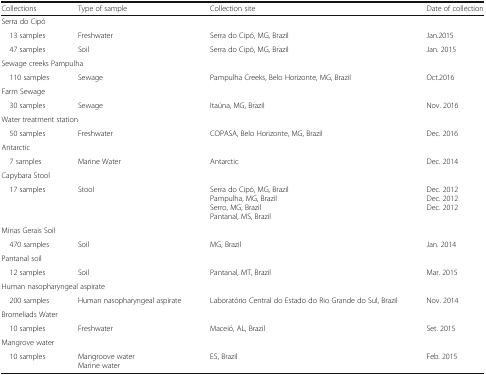
<table><thead><tr><td><b>Collections</b></td><td><b>Type of sample</b></td><td><b>Collection site</b></td><td><b>Date of collection</b></td></tr></thead><tbody><tr><td colspan="4">Serra do Cipó</td></tr><tr><td> 13 samples</td><td>Freshwater</td><td>Serra do Cipó, MG, Brazil</td><td>Jan.2015</td></tr><tr><td> 47 samples</td><td>Soil</td><td>Serra do Cipó, MG, Brazil</td><td>Jan. 2015</td></tr><tr><td colspan="4">Sewage creeks Pampulha</td></tr><tr><td> 110 samples</td><td>Sewage</td><td>Pampulha Creeks, Belo Horizonte, MG, Brazil</td><td>Oct.2016</td></tr><tr><td colspan="4">Farm Sewage</td></tr><tr><td> 30 samples</td><td>Sewage</td><td>Itaúna, MG, Brazil</td><td>Nov. 2016</td></tr><tr><td colspan="4">Water treatment station</td></tr><tr><td> 50 samples</td><td>Freshwater</td><td>COPASA, Belo Horizonte, MG, Brazil</td><td>Dec. 2016</td></tr><tr><td colspan="4">Antarctic</td></tr><tr><td> 7 samples</td><td>Marine Water</td><td>Antarctic</td><td>Dec. 2014</td></tr><tr><td colspan="4">Capybara Stool</td></tr><tr><td> 17 samples</td><td>Stool</td><td>Serra do Cipó, MG, BrazilPampulha, MG, BrazilSerro, MG, BrazilPantanal, MS, Brazil</td><td>Dec. 2012Dec. 2012Dec. 2012</td></tr><tr><td colspan="4">Minas Gerais Soil</td></tr><tr><td> 470 samples</td><td>Soil</td><td>MG, Brazil</td><td>Jan. 2014</td></tr><tr><td colspan="4">Pantanal soil</td></tr><tr><td> 12 samples</td><td>Soil</td><td>Pantanal, MT, Brazil</td><td>Mar. 2015</td></tr><tr><td colspan="4">Human nasopharyngeal aspirate</td></tr><tr><td> 200 samples</td><td>Human nasopharyngeal aspirate</td><td>Laboratório Central do Estado do Rio Grande do Sul, Brazil</td><td>Nov. 2014</td></tr><tr><td colspan="4">Bromeliads Water</td></tr><tr><td> 10 samples</td><td>Freshwater</td><td>Maceió, AL, Brazil</td><td>Set. 2015</td></tr><tr><td colspan="4">Mangrove water</td></tr><tr><td> 10 samples</td><td>Mangroove waterMarine water</td><td>ES, Brazil</td><td>Feb. 2015</td></tr></tbody></table>